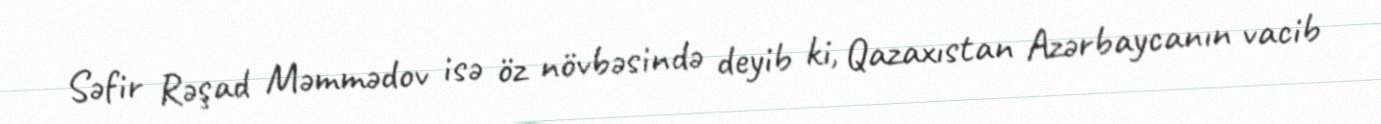
Səfir Rəşad Məmmədov isə öz növbəsində deyib ki, Qazaxıstan Azərbaycanın vacib